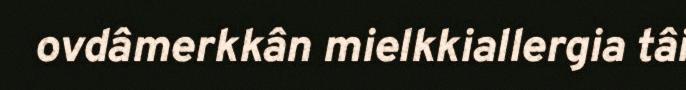
ovdâmerkkân mielkkiallergia tâi